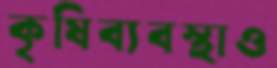
কৃষিব্যবস্থাও